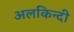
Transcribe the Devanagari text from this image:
अलकिन्दी